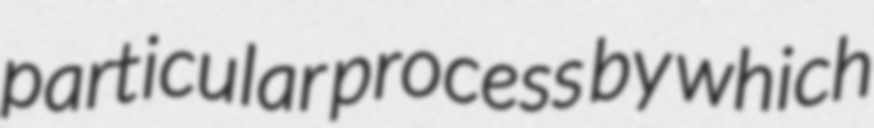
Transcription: particular process by which